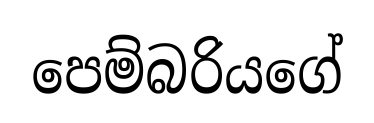
පෙම්බරියගේ